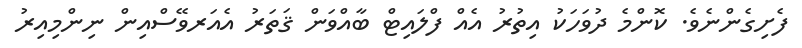
ފެށިގެންނެވެ. ކޮންމެ ދުވަހަކު އިތުރު އެއް ފްލައިޓް ބާއްވަން ޤަތަރު އެއަރވޭސްއިން ނިންމިއިރު